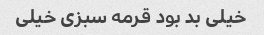
خیلی بد بود قرمه سبزی خیلی